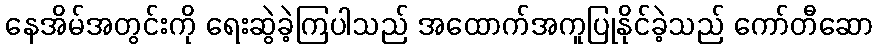
နေအိမ်အတွင်းကို ရေးဆွဲခဲ့ကြပါသည် အထောက်အကူပြုနိုင်ခဲ့သည် ကော်တီဆော